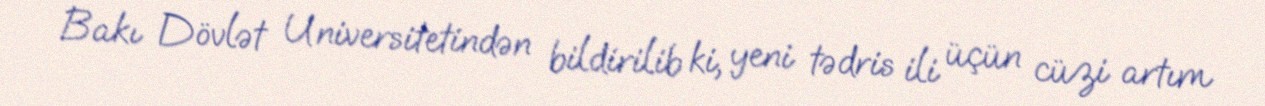
Bakı Dövlət Universitetindən bildirilib ki, yeni tədris ili üçün cüzi artım